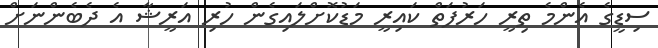
ސިޑީގެ އެންމެ ތިރީ ހަރުފަތް ކައިރީ މަޑުކޮށްލައިގެން ހުރި އަރީޝާ އެ ދެބެންނަށް